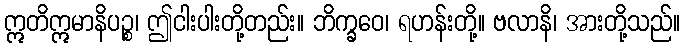
ဣတိဣမာနိပဉ္စ၊ ဤငါးပါးတို့တည်း။ ဘိက္ခဝေ၊ ရဟန်းတို့။ ဗလာနိ၊ အားတို့သည်။